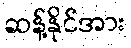
ဆန့်နိုင်အား